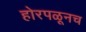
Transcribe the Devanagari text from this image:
होरपळूनच